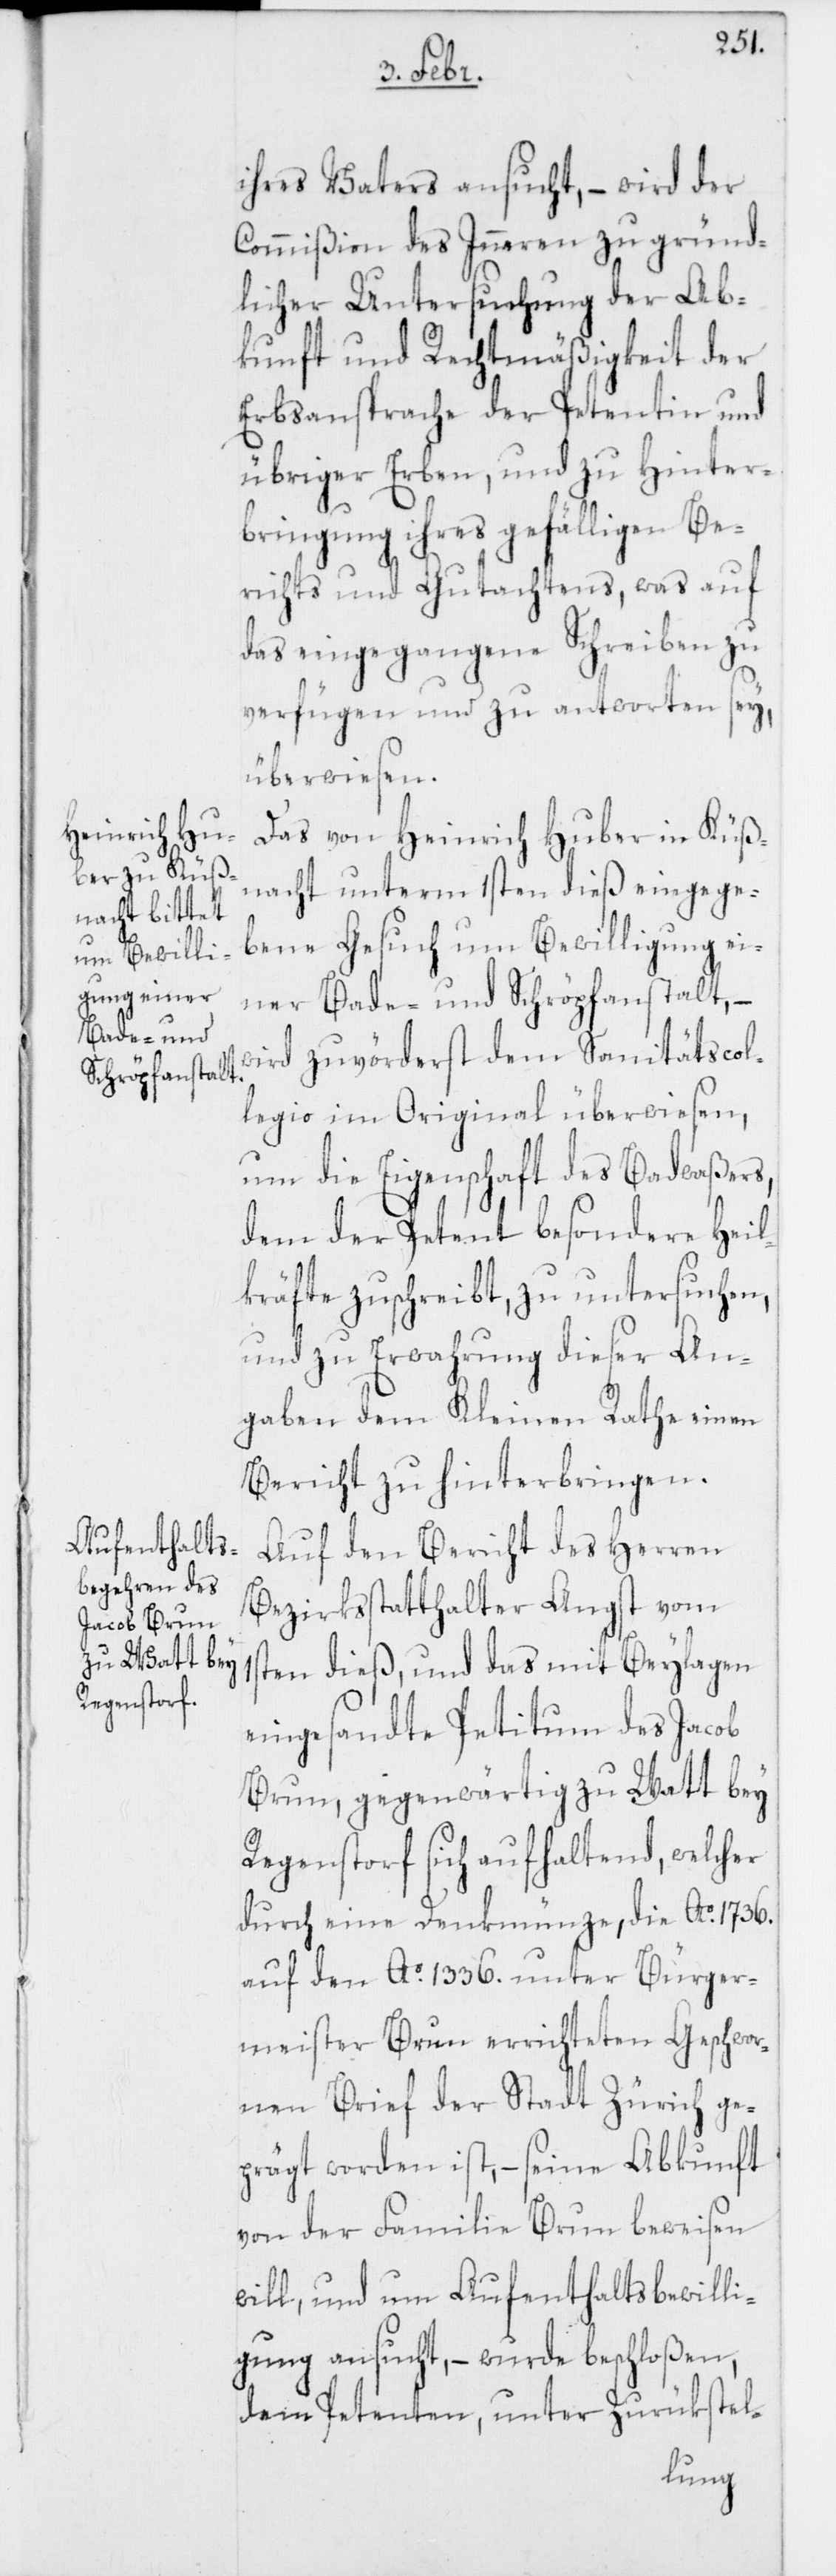
ihres Vaters ansucht, – wird der
Commißion des Inneren zu gründ¬
licher Untersuchung der Ab¬
kunft und Rechtmäßigkeit der
Erbsansprache der Petentin und
übriger Erben, und zu Hinter¬
bringung ihres gefälligen Be¬
richts und Gutachtens, was auf
das eingegangene Schreiben zu
verfügen und zu antworten sey,
überwiesen.
Das von Heinrich Huber in Küß¬
nacht unterm 1sten dieß eingege¬
bene Gesuch um Bewilligung ei¬
ner Bade- und Schröpfanstalt, –
wird zuvörderst dem Sanitätscol¬
legio im Original überwiesen,
um die Eigenschaft des Badwaßers,
dem der Petent besondere Heil¬
kräfte zuschreibt, zu untersuchen,
und zu Erwahrung dieser An¬
gaben dem Kleinen Rathe einen
Bericht zu hinterbringen.
Auf den Bericht des Herren
Bezirksstatthalters Angst vom
1sten dieß, und das mit Beylagen
eingesandte Petitum des Jacob
Brun, gegenwärtig zu Watt bey
Regenstorf sich aufhaltend, welcher
durch eine Denkmünze, die Ao. 1736.
auf den Ao. 1336. unter Bürger¬
meister Brun errichteten Geschwor¬
nen Brief der Stadt Zürich ge¬
prägt worden ist, – seine Abkunft
von der Familie Brun beweisen
will, und um Aufenthaltsbewilli¬
gung ansucht, – wurde beschloßen,
dem Petenten, unter Zurükstel-